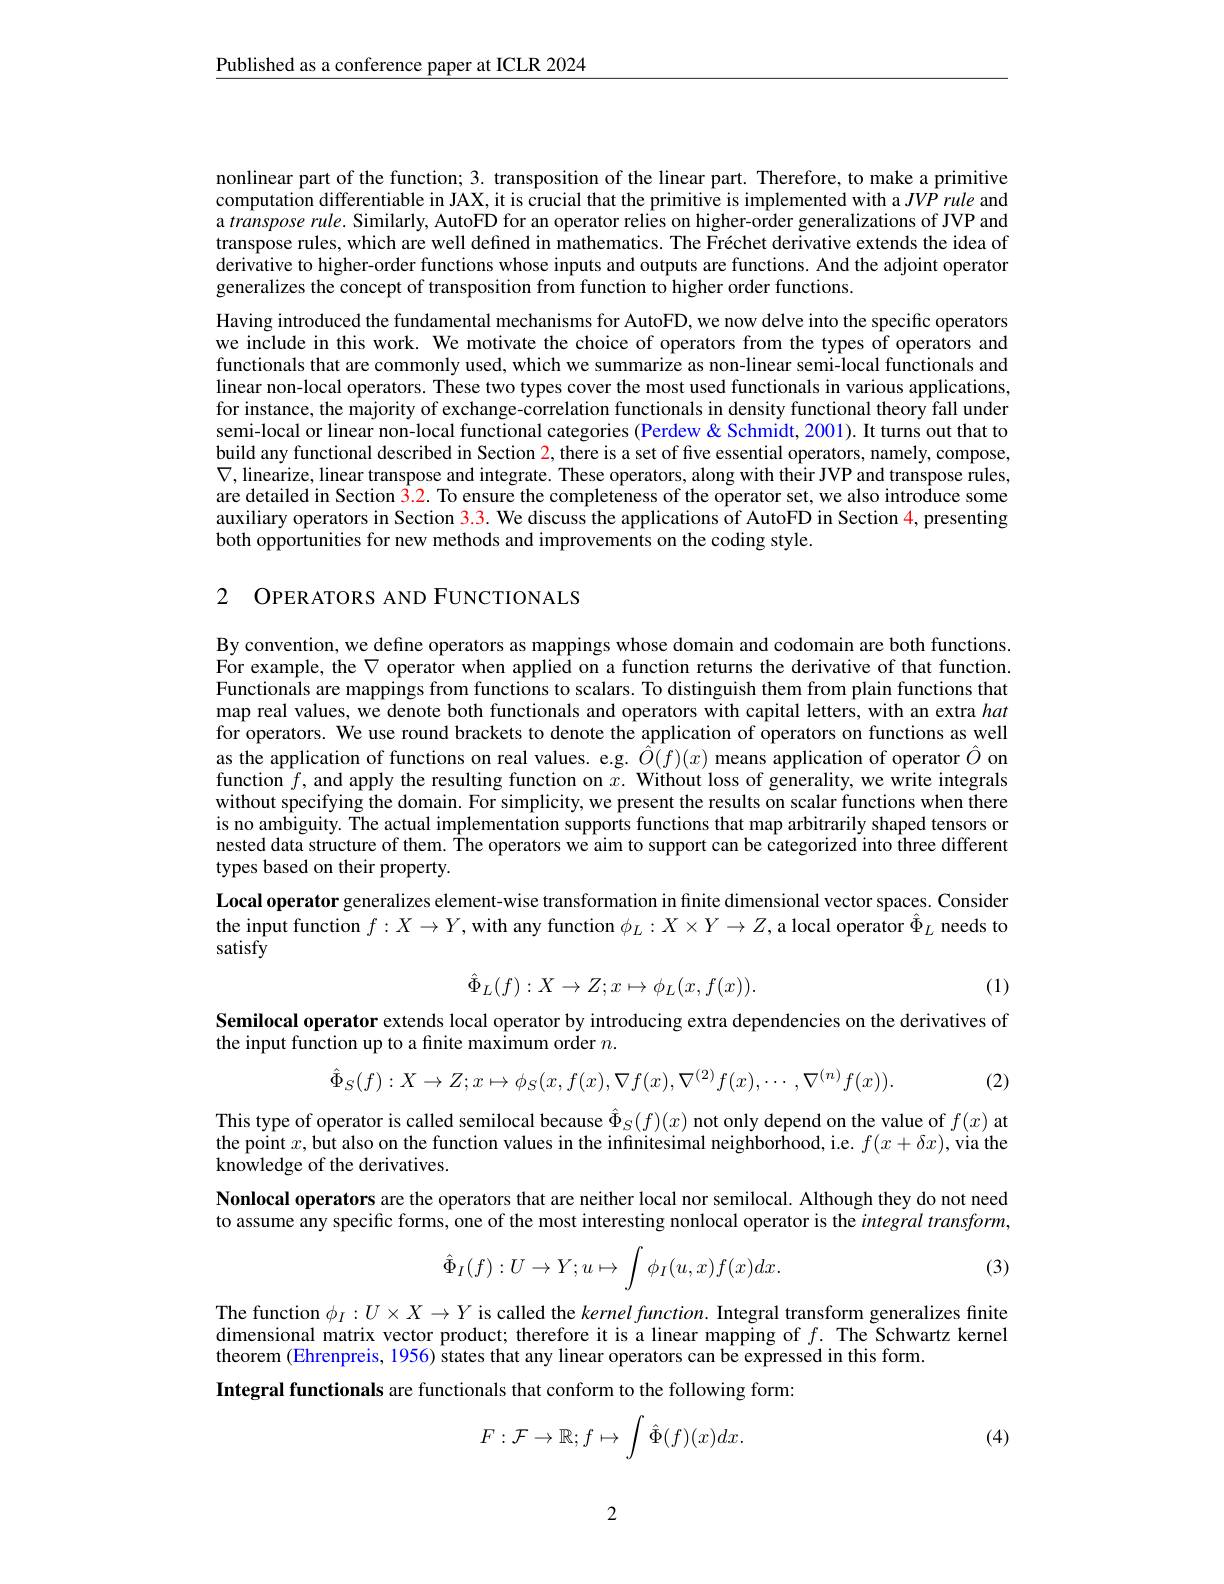
$\underline{\text{Published as a conference paper at ICLR 2024}}$

nonlinear part of the function; 3. transposition of the linear part. Therefore, to make a primitive computation differentiable in JAX, it is crucial that the primitive is implemented with a $JVP\textit{rule and}$ a transpose rule. Similarly, AutoFD for an operator relies on higher-order generalizations of JVP and transpose rules, which are well defined in mathematics. The Fréchet derivative extends the idea of derivative to higher-order functions whose inputs and outputs are functions. And the adjoint operator generalizes the concept of transposition from function to higher order functions.

Having introduced the fundamental mechanisms for AutoFD, we now delve into the specific operators we include in this work. We motivate the choice of operators from the types of operators and functionals that are commonly used, which we summarize as non-linear semi-local functionals and linear non-local operators. These two types cover the most used functionals in various applications, for instance, the majority of exchange-correlation functionals in density functional theory fall under semi-local or linear non-local functional categories (Perdew & Schmidt, 2001). It turns out that to build any functional described in Section $\color{red}{2,\text{there is a set of five essential operators, namely,compose,}}$ $\nabla$,linearize, linear transpose and integrate. These operators, along with their JVP and transpose rules, are detailed in Section $\color{red}{3.2.\text{To ensure the completeness of the operator set, we also introduce some}}$ auxiliary operators in Section $\color{red}{3.3.\text{We discuss the applications of AutoFD in Section 4, presenting}}$ both opportunities for new methods and improvements on the coding style.

2 OPERATORS AND FUNCTIONALS

By convention, we define operators as mappings whose domain and codomain are both functions. For example, the $\nabla$ operator when applied on a function returns the derivative of that function. Functionals are mappings from functions to scalars. To distinguish them from plain functions that map real values, we denote both functionals and operators with capital letters, with an extra hat for operators. We use round brackets to denote the application of operators on functions as well as the application of functions on real values. e.g. $\hat{O}(f)(x)$ means application of operator $\hat{O}$ on function $f$, and apply the resulting function on $x. \textbf{ Without loss of generality, we write integrals}$ without specifying the domain. For simplicity, we present the results on scalar functions when there is no ambiguity. The actual implementation supports functions that map arbitrarily shaped tensors or nested data structure of them. The operators we aim to support can be categorized into three different types based on their property.
Local operator generalizes element-wise transformation in finite dimensional vector spaces. Consider the input function $f:X\to Y$, with any function $\phi_L:X\times Y\to Z$, a local operator $\hat{\Phi}_L$ needs to

satisfy
$$\hat{\Phi}_{L}(f):X\to Z;x\mapsto\phi_{L}(x,f(x)).$$
(1)

Semilocal operator extends local operator by introducing extra dependencies on the derivatives of
the input function up to a finite maximum order $n.$
$$\hat{\Phi}_{S}(f):X\to Z;x\mapsto\phi_{S}(x,f(x),\nabla f(x),\nabla^{(2)}f(x),\cdots,\nabla^{(n)}f(x)).$$
(2)

This type of operator is called semilocal because $\hat{\Phi}_S(f)(x)$ not only depend on the value of $f(x)$ at the point $x$, but also on the function values in the infinitesimal neighborhood, i.e. $f(x+\delta x)$, via the knowledge of the derivatives.
Nonlocal operators are the operators that are neither local nor semilocal. Although they do not need to assume any specific forms, one of the most interesting nonlocal operator is the integral transform,
$$\hat{\Phi}_{I}(f):U\to Y;u\mapsto\int\phi_{I}(u,x)f(x)dx.$$
(3)

The function $\phi_I:U\times X\to Y$ is called the $kernel\textit{function. Integral transform generalizes finite}$ dimensional matrix vector product; therefore it is a linear mapping of $f.$ The Schwartz kernel theorem (Ehrenpreis, 1956) states that any linear operators can be expressed in this form.
Integral functionals are functionals that conform to the following form
$$F:\mathcal{F}\to\mathbb{R};f\mapsto\int\hat{\Phi}(f)(x)dx.$$
(4)

2